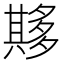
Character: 𫯘